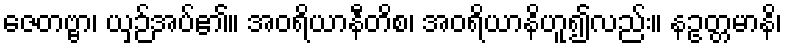
ဇေတဗ္ဗာ၊ ယှဉ်အပ်၏။ အဝရိယာနီတိစ၊ အဝရိယာနိဟူ၍လည်း။ နဥတ္တမာနိ၊